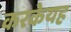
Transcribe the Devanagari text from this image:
करकेयह